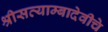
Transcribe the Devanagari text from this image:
श्रीसत्याम्बादेवीचे